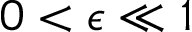
0 < \epsilon \ll 1